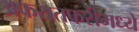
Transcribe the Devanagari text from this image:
अफरातफरीमध्ये